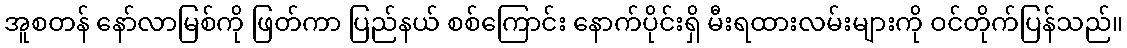
အူစတန် နော်လာမြစ်ကို ဖြတ်ကာ ပြည်နယ် စစ်ကြောင်း နောက်ပိုင်းရှိ မီးရထားလမ်းများကို ဝင်တိုက်ပြန်သည်။